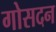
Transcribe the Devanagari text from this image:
गोसदन